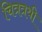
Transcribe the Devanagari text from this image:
चित्रत्रयी